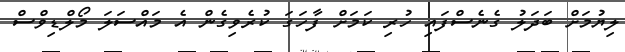
ލިޔުމަށް ބަދަލު ގެނެސްފައި ހުރި ކަމަށް ފާހަގަ ކުރެވިގެން އެ މައްސަލަ މޯލްޑިވްސް